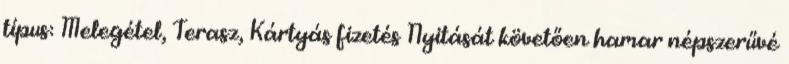
típus: Melegétel, Terasz, Kártyás fizetés Nyitását követően hamar népszerűvé